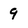
Character: 9